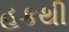
હકથી